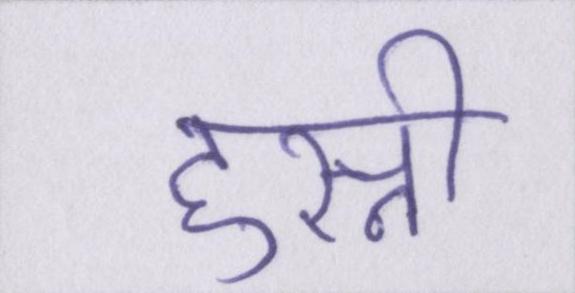
हुस्नी